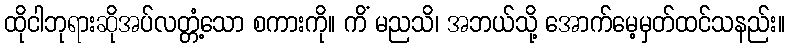
ထိုငါဘုရားဆိုအပ်လတ္တံ့သော စကားကို။ ကိံ မညသိ၊ အဘယ်သို့ အောက်မေ့မှတ်ထင်သနည်း။